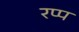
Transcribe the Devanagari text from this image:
रप्प